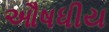
ઔષધીય